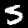
Digit: 5